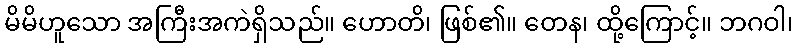
မိမိဟူသော အကြီးအကဲရှိသည်။ ဟောတိ၊ ဖြစ်၏။ တေန၊ ထို့ကြောင့်။ ဘဂဝါ၊